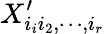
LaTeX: X_{i_{i}i_{2},\cdots,i_{r}}^{\prime}